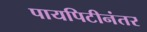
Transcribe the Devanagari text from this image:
पायपिटीनंतर